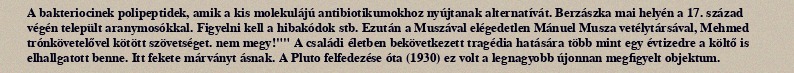
A bakteriocinek polipeptidek, amik a kis molekulájú antibiotikumokhoz nyújtanak alternatívát. Berzászka mai helyén a 17. század végén települt aranymosókkal. Figyelni kell a hibakódok stb. Ezután a Muszával elégedetlen Mánuel Musza vetélytársával, Mehmed trónkövetelővel kötött szövetséget. nem megy!"" A családi életben bekövetkezett tragédia hatására több mint egy évtizedre a költő is elhallgatott benne. Itt fekete márványt ásnak. A Pluto felfedezése óta (1930) ez volt a legnagyobb újonnan megfigyelt objektum.